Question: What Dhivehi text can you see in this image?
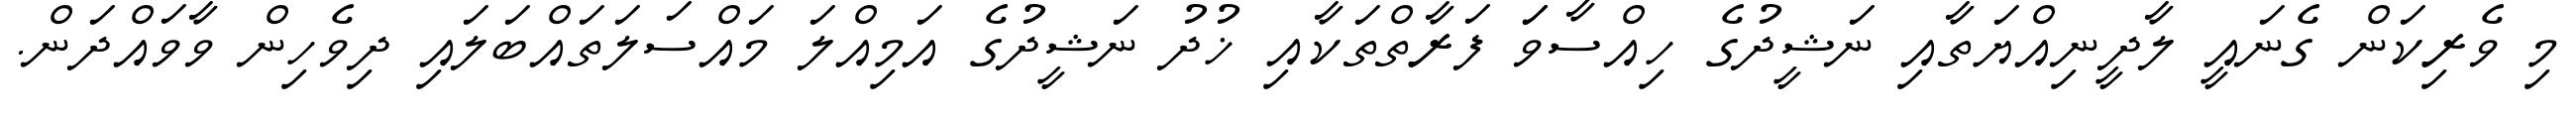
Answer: މި ވެރިކަން ގެނައީ ލާދީނިއްޔަތާއި ނަޝީދުގެ ހިއްސާވަަ ފަރާތްތަކާއި ޚުދު ނަޝީދުގެ އަމިއްލަ މައްސަލަތައްބަލައި ދިވެހިން ވާވައްދަން.